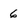
Character: 6